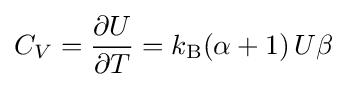
C_{V}={\frac {\partial U}{\partial T}}=k_{\rm {B}}(\alpha +1)\,U\beta